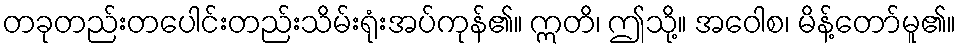
တခုတည်းတပေါင်းတည်းသိမ်းရုံးအပ်ကုန်၏။ ဣတိ၊ ဤသို့။ အဝေါစ၊ မိန့်တော်မူ၏။